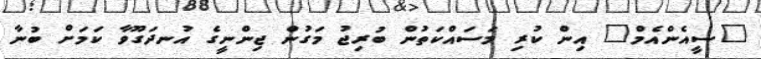
"ސީއެންއެމް" އިން ކުރި މަސައްކަތުން ބުރިޖު މަގުން ޖިންނީގެ އުނދަގޫވާ ކަމަށް ބުނާ